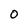
Character: O